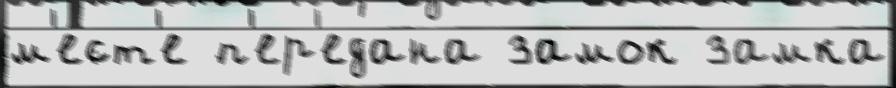
м'е́ст'е п'ер'едана замок замка